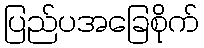
ပြည်ပအခြေစိုက်